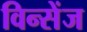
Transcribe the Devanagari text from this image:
विन्सेंज